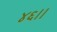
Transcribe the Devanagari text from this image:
४६।।